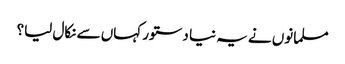
مسلمانوں نے یہ نیا دستور کہاں سے نکال لیا؟